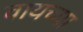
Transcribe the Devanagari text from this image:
वायच्या